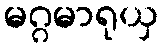
မဂ္ဂမာရုယှ